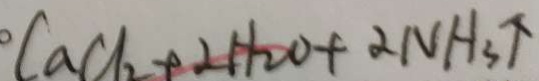
C a C l _ { 2 } + 2 H _ { 2 } O + 2 N H _ { 3 } \uparrow